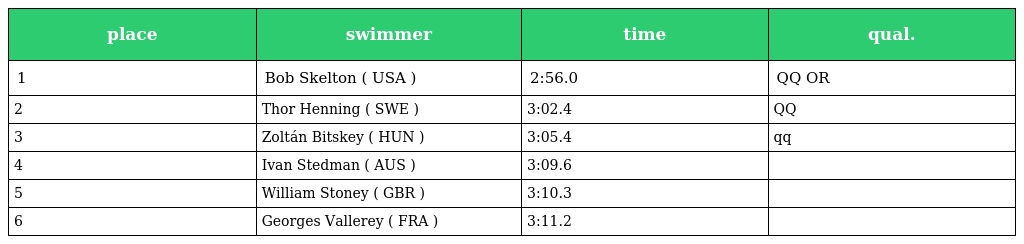
| place | swimmer | time | qual. |
 | --- | --- | --- | --- |
 | 1 | Bob Skelton ( USA ) | 2:56.0 | QQ OR |
 | 2 | Thor Henning ( SWE ) | 3:02.4 | QQ |
 | 3 | Zoltán Bitskey ( HUN ) | 3:05.4 | qq |
 | 4 | Ivan Stedman ( AUS ) | 3:09.6 |  |
 | 5 | William Stoney ( GBR ) | 3:10.3 |  |
 | 6 | Georges Vallerey ( FRA ) | 3:11.2 |  |